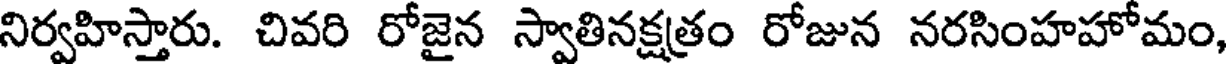
నిర్వహిస్తారు. చివరి రోజైన స్వాతినక్షత్రం రోజున నరసింహహోమం,